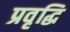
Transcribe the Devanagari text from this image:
प्रवृद्धि